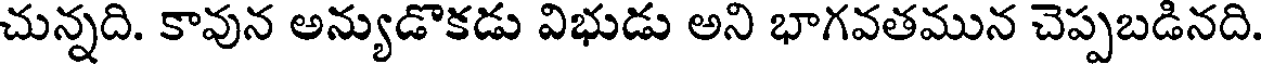
చున్నది. కావున అన్యుడొకడు విభుడు అని భాగవతమున చెప్పబడినది